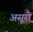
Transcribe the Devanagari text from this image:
असूरों